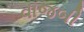
વાજબી